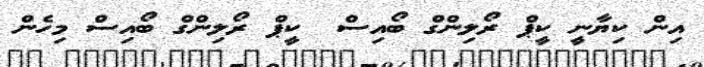
އިން ކިޔާނީ ކީޕް ރޯލިންގް ބޯއިސް  ކީޕް ރޯލިންގް ބޯއިސް މިހެން